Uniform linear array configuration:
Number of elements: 64
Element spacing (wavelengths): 0.5
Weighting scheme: hamming
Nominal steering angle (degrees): -60
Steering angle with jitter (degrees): -58.214
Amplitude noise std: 0.05
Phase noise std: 0.05

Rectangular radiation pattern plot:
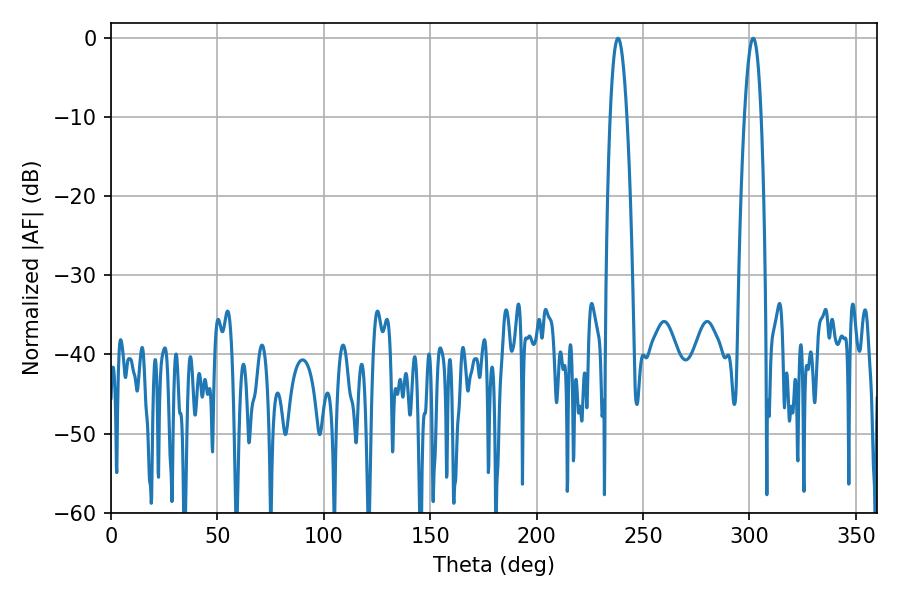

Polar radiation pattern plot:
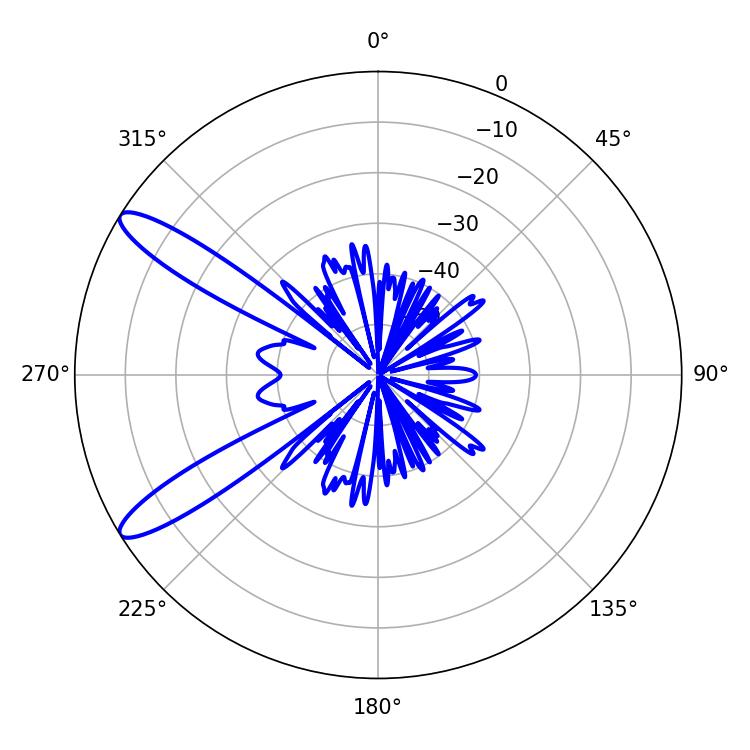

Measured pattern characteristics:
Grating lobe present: FALSE
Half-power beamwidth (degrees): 4.32
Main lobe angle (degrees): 301.68